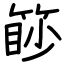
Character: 篎